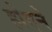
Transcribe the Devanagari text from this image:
होएने